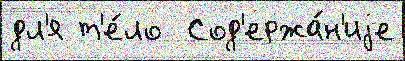
дл'я т'е́ло  Сод'ержа́н'иjе